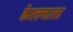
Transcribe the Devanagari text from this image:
केल्ल्याला